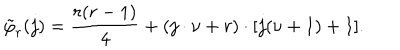
\tilde { \varphi } _ { r } ( j ) = \frac { r ( r - 1 ) } { 4 } + ( j \cdot \nu + r ) \cdot [ j ( \nu + 1 ) + 1 ] .